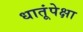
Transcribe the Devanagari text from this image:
धातूंपेक्षा